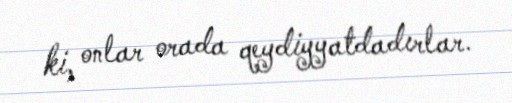
ki, onlar orada qeydiyyatdadırlar.